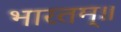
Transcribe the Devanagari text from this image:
भारतम्॥